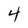
Character: 4